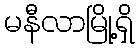
မနီလာမြို့ရှိ